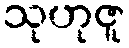
သုဟုဇူ